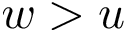
w > u